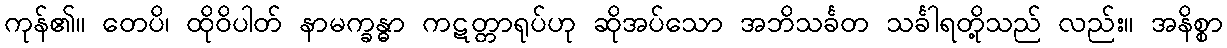
ကုန်၏။ တေပိ၊ ထိုဝိပါတ် နာမက္ခန္ဓာ ကဋတ္တာရုပ်ဟု ဆိုအပ်သော အဘိသင်္ခတ သင်္ခါရတို့သည် လည်း။ အနိစ္စာ